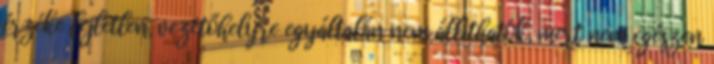
érzéke fejletlen, vezetőhelyre egyáltalán nem állíthatók, mert nem egészen